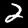
Digit: 2